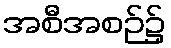
အစီအစဉ်၌